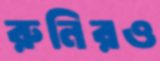
রুনিরও